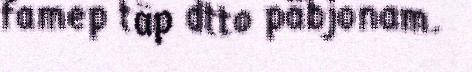
famep täp dtto päbjonam.